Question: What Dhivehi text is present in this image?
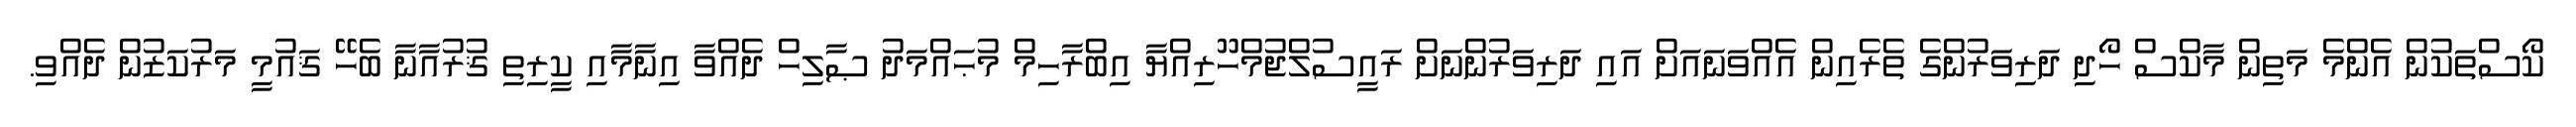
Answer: ކޯސްތަކުން އެންމެ މަތިން މާކްސް ހޯދި ދަރިވަރުންގެ ތެރެއިން އެއްވަނައަށް އައި ދަރިވަރުންނަށް ރައީސުލްޖުމްހޫރިއްޔާ އިބްރާހިމް މުޙައްމަދު ޞާލިހް ދެއްވާ އިނާމާއި ކީރިތި ޤުރުއާނާ ބެހޭ ޤައުމީ މަރުކަޒުން ދެއްވި.